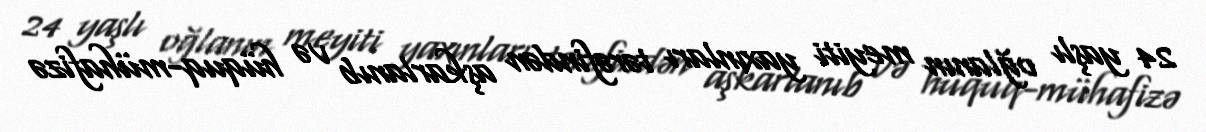
24 yaşlı oğlanın meyiti yaxınları tərəfindən aşkarlanıb və hüquq-mühafizə